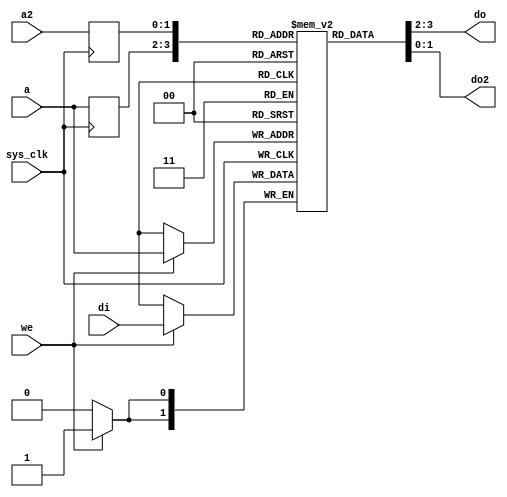
/*
 * Milkymist SoC
 * Copyright (C) 2007, 2008, 2009, 2010 Sebastien Bourdeauducq
 *
 * This program is free software: you can redistribute it and/or modify
 * it under the terms of the GNU General Public License as published by
 * the Free Software Foundation, version 3 of the License.
 *
 * This program is distributed in the hope that it will be useful,
 * but WITHOUT ANY WARRANTY; without even the implied warranty of
 * MERCHANTABILITY or FITNESS FOR A PARTICULAR PURPOSE.  See the
 * GNU General Public License for more details.
 *
 * You should have received a copy of the GNU General Public License
 * along with this program.  If not, see <http://www.gnu.org/licenses/>.
 */

module fmlbrg_tagmem #(
	parameter depth = 2,
	parameter width = 2
) (
	input sys_clk,

	/* Primary port (read-write) */
	input [depth-1:0] a,
	input we,
	input [width-1:0] di,
	output [width-1:0] do,

	/* Secondary port (read-only) */
	input [depth-1:0] a2,
	output [width-1:0] do2
);

reg [width-1:0] tags[0:(1 << depth)-1];

reg [depth-1:0] a_r;
reg [depth-1:0] a2_r;

always @(posedge sys_clk) begin
	a_r <= a;
	a2_r <= a2;
end

always @(posedge sys_clk) begin
	if(we)
		tags[a] <= di;
end

assign do = tags[a_r];
assign do2 = tags[a2_r];

// synthesis translate_off
integer i;
initial begin
	for(i=0;i<(1 << depth);i=i+1)
		tags[i] = 0;
end
// synthesis translate_on

endmodule